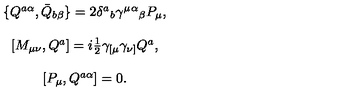
\begin{array} { c } { \{ Q ^ { a \alpha } , \bar { Q } _ { b \beta } \} = 2 \delta ^ { a } { } _ { b } \gamma ^ { \mu } { } ^ { \alpha } { } _ { \beta } P _ { \mu } , } \\ { { } } \\ { { } [ M _ { \mu \nu } , Q ^ { a } ] = i \textstyle { \frac { 1 } { 2 } } \gamma _ { [ \mu } \gamma _ { \nu ] } Q ^ { a } , } \\ { { } } \\ { { } [ { P } _ { \mu } , Q ^ { a \alpha } ] = 0 . } \\ \end{array}